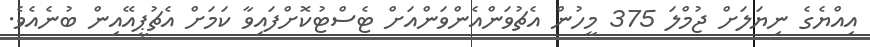
އިއްޔެެގެ ނިޔަލަށް ޖުމްލަ 375 މީހުން އެޗުވަންއެންވަންއަށް ޓެސްޓުކޮށްފައިވާ ކަމަށް އެޗުޕީއޭއިން ބުނެއެވެ.